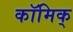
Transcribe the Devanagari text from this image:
कॉमिक्